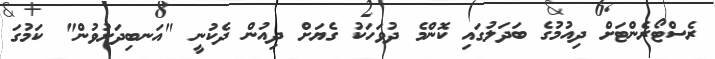
ރެސްޓޯރެންޓަށް ދިއުމުގެ ބަދަލުގައި ކޮންމެ ދުވަހަކު ގެޔަށް ދިއުން ދެކުނީ "އަނބިދަށުވުން" ކަމުގަ